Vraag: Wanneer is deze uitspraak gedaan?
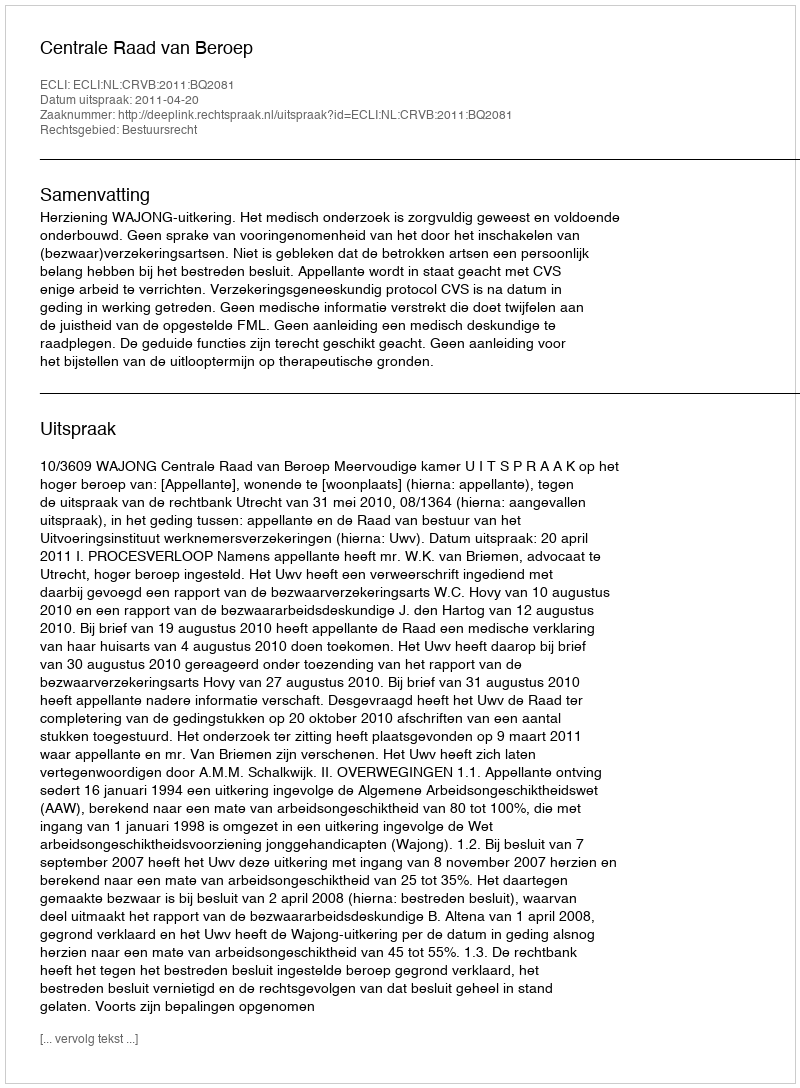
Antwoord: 2011-04-20